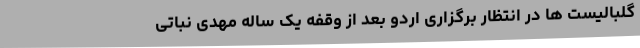
گلبالیست ها در انتظار برگزاری اردو بعد از وقفه یک ساله مهدی نباتی